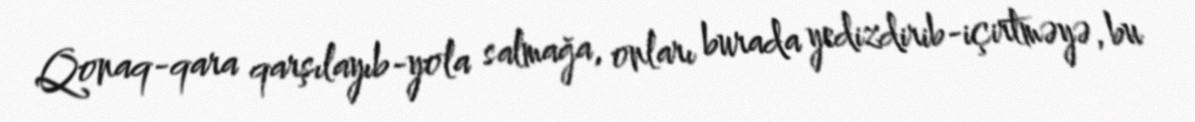
Qonaq-qara qarşılayıb-yola salmağa, onları burada yedizdirib-içirtməyə, bu